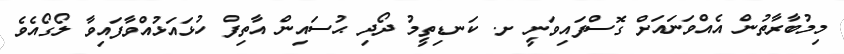
މިމުބާރާތުން އެއްވަނައަށް ގޮސްފައިވަނީ ށ. ކަނޑިތީމު ދޯދި ޙުސައިން އާތިފް ހުޅައަޅުއްވާފައިވާ ލޯގޯއެވެ